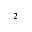
^ 2